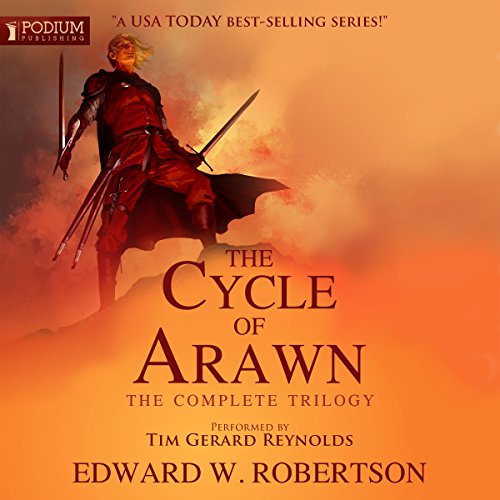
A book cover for The Cycle of Arawn: The Complete Trilogy; Edward W. Robertson; Science Fiction & Fantasy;